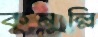
কুমুল্লি